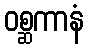
ဝစ္ဆကာနံ